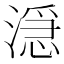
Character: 𬈬